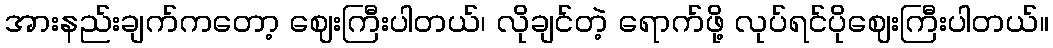
အားနည်းချက်ကတော့ ဈေးကြီးပါတယ်၊ လိုချင်တဲ့ ရောက်ဖို့ လုပ်ရင်ပိုဈေးကြီးပါတယ်။